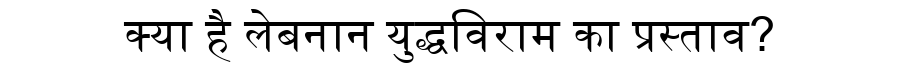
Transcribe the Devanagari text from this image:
क्या है लेबनान युद्धविराम का प्रस्ताव?